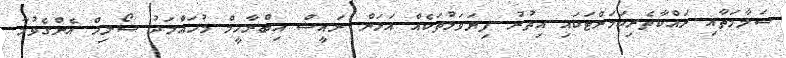
ސަލާމަތާއި ރައްކާތެރިކަމަށްޓަކައި އިތުރު ފިޔަވަޅުތަކެއް އަޅަން ރައީސް އިބްރާހީމް މުހައްމަދު ސޯލިހް އެންގެވުމާ